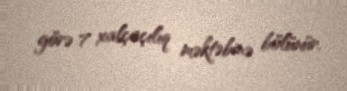
görə 7 xalçaçılıq məktəbinə bölünür.